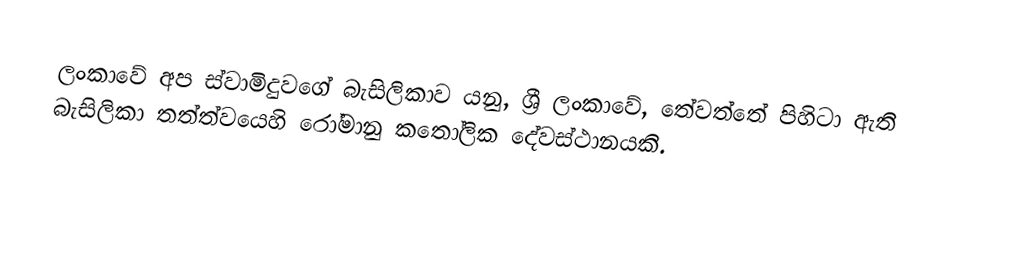
ලංකාවේ අප ස්වාමිදුවගේ බැසිලිකාව යනු,  ශ්‍රී ලංකාවේ, තේවත්තේ පිහිටා ඇති බැසිලිකා තත්ත්වයෙහි රෝමානු කතෝලික දේවස්ථානයකි.